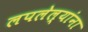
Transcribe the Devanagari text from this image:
लपलेल्‍यांना